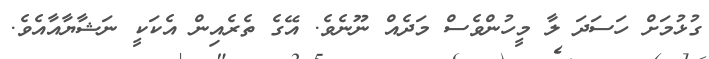
ގުޅުމަށް ހަސަދަ ލާ މީހުންވެސް މަދެއް ނޫނެވެ. އޭގެ ތެރެއިން އެކަކީ ނަޝާޔާއާއެވެ.